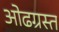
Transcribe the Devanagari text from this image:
ओढग्रस्त